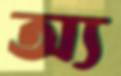
অ্য